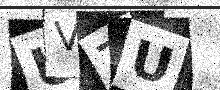
Text: UVZU